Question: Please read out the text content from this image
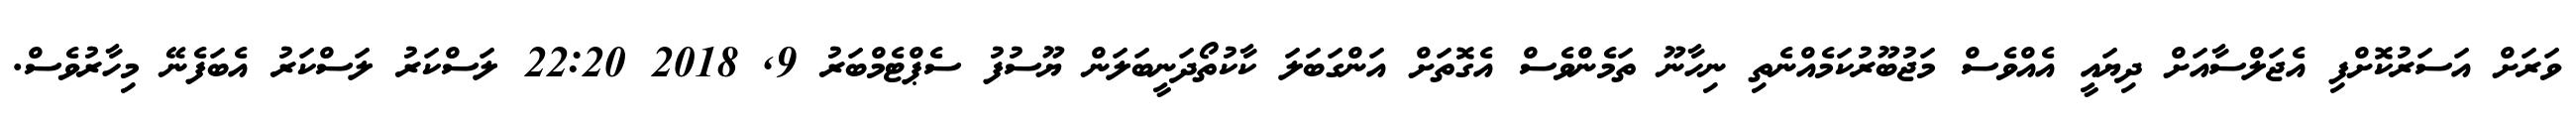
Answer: ވަރަށް އަސަރުކޮށްފި އެޖަލްސާއަށް ދިޔައީ އެއްވެސް މަޖުބޫރުކަމެއްނެތި ނިހާނޫ ތަމެންވެސް އެގޮތަށް އަންގަބަލަ ކާކުތޯދަނީބަލަން ޔޫސުފު ސެޕްޓެމްބަރު 9, 2018 22:20 ލަސްކަރު ލަސްކަރު އެބަފެނޭ މިހާރުވެސް.